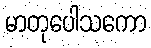
မာတုပေါသကော